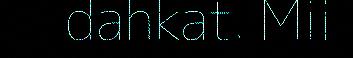
dahkat. Mii